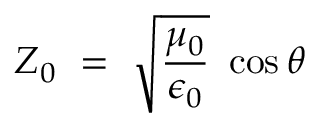
~ Z _ { 0 } ~ = ~ { \sqrt { \frac { \mu _ { 0 } } { \epsilon _ { 0 } } } } ~ \cos \theta